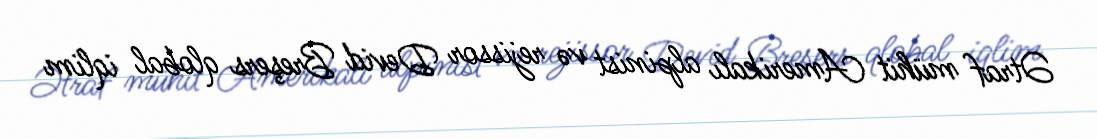
Ətraf mühit Amerikalı alpinist və rejissor Devid Breşers qlobal iqlim